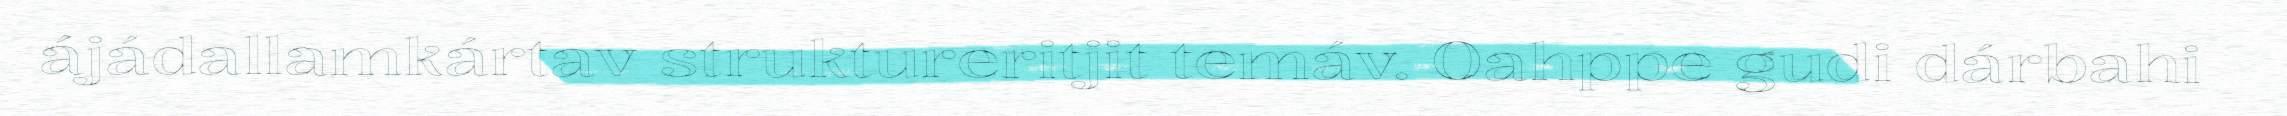
ájádallamkártav struktureritjit temáv. Oahppe gudi dárbahi